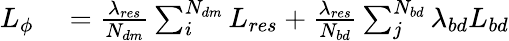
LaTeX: \begin{array}{rl}{L_{\phi}}&{{}=\frac{\lambda_{res}}{N_{dm}}\sum_{i}^{N_{dm}}L_{res}+\frac{\lambda_{res}}{N_{bd}}\sum_{j}^{N_{bd}}\lambda_{bd}L_{bd}}\end{array}